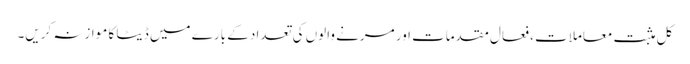
کل مثبت معاملات ، فعال مقدمات اور مرنے والوں کی تعداد کے بارے میں ڈیٹا کا موازنہ کریں۔